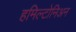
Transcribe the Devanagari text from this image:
हमिल्टोनिअन